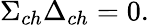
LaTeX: \Sigma_{ch}\Delta_{ch}=0.